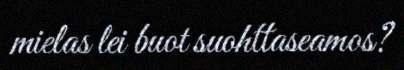
mielas lei buot suohttaseamos?